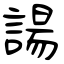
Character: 諹